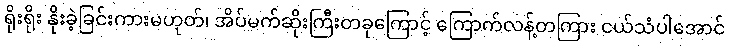
ရိုးရိုး နိုးခဲ့ခြင်းကားမဟုတ်၊ အိပ်မက်ဆိုးကြီးတခုကြောင့် ကြောက်လန့်တကြား ငယ်သံပါအောင်